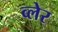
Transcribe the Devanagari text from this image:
व्‍लेर